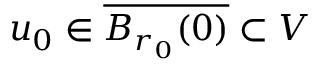
u _ { 0 } \in \overline { { B _ { r _ { 0 } } ( 0 ) } } \subset V